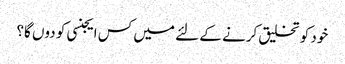
خود کو تخلیق کرنے کے لئے میں کس ایجنسی کو دوں گا؟